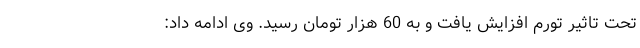
تحت تاثیر تورم افزایش یافت و به 60 هزار تومان رسید. وی ادامه داد: